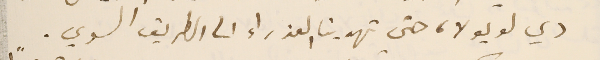
دي لويولا، حتى تهدينا العذراء الى الطريق السوي.